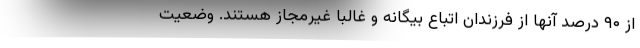
از ۹۰ درصد آنها از فرزندان اتباع بیگانه و غالبا غیرمجاز هستند. وضعیت